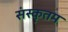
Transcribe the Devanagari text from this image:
संस्कृतम